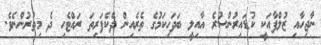
ނާޖިހާއި ޒުލްފާއަކީ ކުޑައިރުންސުރެ އާއިލީ ބަދަހިކަމުގެ ތެރެއިން ދެކެފަރިތަ ރައްޓެހި ދެ މިތުރުންނެވެ.